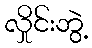
လှိုင်းဘွဲ့